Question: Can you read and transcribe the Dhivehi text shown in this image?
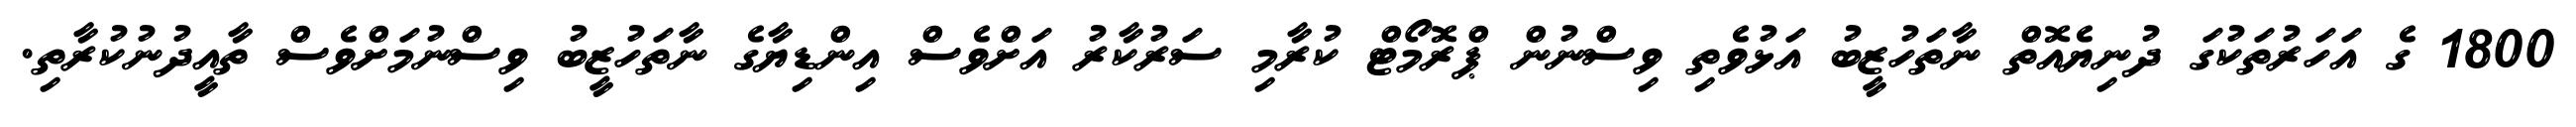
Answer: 1800 ގެ އަހަރުތަކުގަ ދުނިޔެއޮތް ނާތަހުޒީބު އަޅުވެތި ވިސްނުން ޕްރޮމޯޓް ކުރާމި ސަރުކާރު އަށްވެސް އިންޑިޔާގެ ނާތަހުޒީބު ވިސްނުމަށްވެސް ތާއީދުނުކުރާތި.